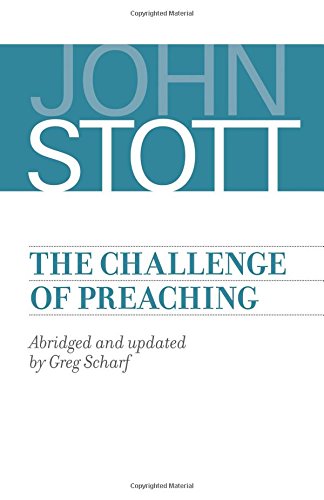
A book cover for The Challenge of Preaching; John Stott; Christian Books & Bibles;